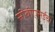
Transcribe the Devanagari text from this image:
सीबीएसईचा